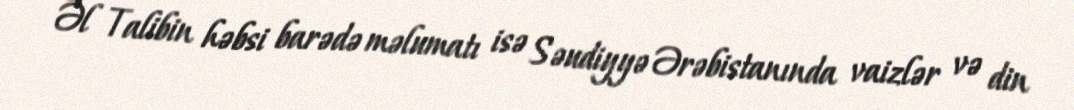
Əl Talibin həbsi barədə məlumatı isə Səudiyyə Ərəbistanında vaizlər və din